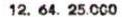
12. 64. 25.000